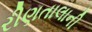
રીણતાલાની